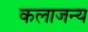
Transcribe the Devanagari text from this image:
कलाजन्य